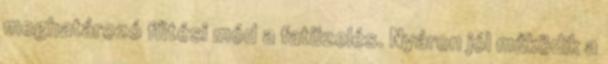
meghatározó fűtési mód a fatüzelés. Nyáron jól működik a